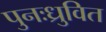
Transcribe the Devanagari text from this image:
पुनःध्रुवित